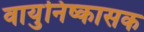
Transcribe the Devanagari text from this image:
वायुनिष्कासक